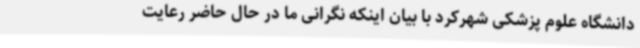
دانشگاه علوم پزشکی شهرکرد با بیان اینکه نگرانی ما در حال حاضر رعایت